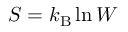
S = k _ { \mathrm { B } } \ln W